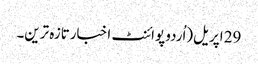
29 اپریل(اُردو پوائنٹ اخبارتازہ ترین۔